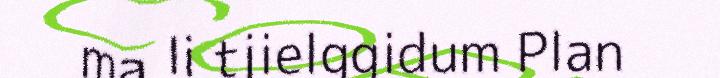
ma li tjielggidum Plan